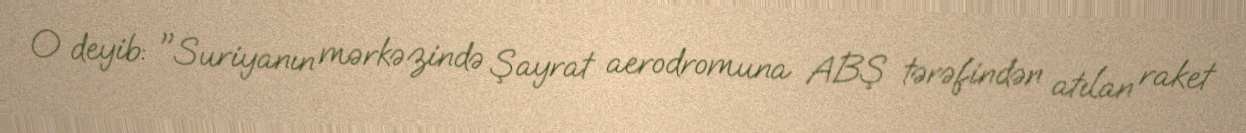
O deyib: "Suriyanın mərkəzində Şayrat aerodromuna ABŞ tərəfindən atılan raket